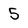
Character: 5